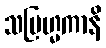
သဗြဟ္မကာနိ